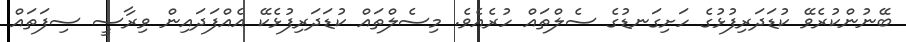
ބޭނުންކުރެވޭ ކުޑަދަރިފުޅުގެ ހަށިގަނޑުގެ ސެލްތައް ހުރެއެވެ. މިސެލްތައް ކުޑަދަރިފުޅެކޭ އެއްފަދައިން ވިރާސީ ސިފަތައް